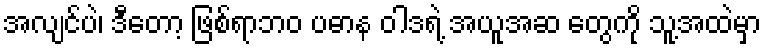
အလျင်ပဲ၊ ဒီတော့ ဖြစ်ရာဘဝ ပဓာန ဝါဒရဲ့ အယူအဆ တွေကို သူ့အထဲမှာ